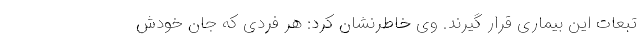
تبعات این بیماری قرار گیرند. وی خاطرنشان کرد: هر فردی که جان خودش